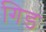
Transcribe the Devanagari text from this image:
गिड